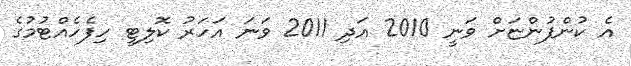
އެ ކުންފުންޏަށް ވަނީ 2010 އަދި 2011 ވަނަ އަހަރު ކޮލިޓީ ހިފެހެއްޓުމުގެ